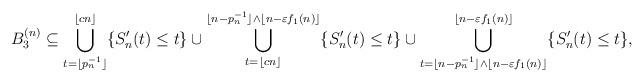
LaTeX: \begin{align*}B_3^{(n)}&\subseteq\bigcup_{t=\lfloor p_n^{-1}\rfloor}^{\lfloor cn\rfloor}\{S_n'(t)\leq t\}\cup\bigcup_{t=\lfloor cn\rfloor}^{\lfloor n-p_n^{-1}\rfloor\wedge\lfloor n-\varepsilon f_1(n)\rfloor}\{S_n'(t)\leq t\}\cup\bigcup_{t=\lfloor n-p_n^{-1}\rfloor\wedge\lfloor n-\varepsilon f_1(n)\rfloor}^{\lfloor n-\varepsilon f_1(n)\rfloor}\{S_n'(t)\leq t\},\end{align*}